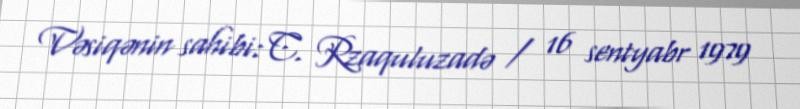
Vəsiqənin sahibi: C. Rzaquluzadə / 16 sentyabr 1979